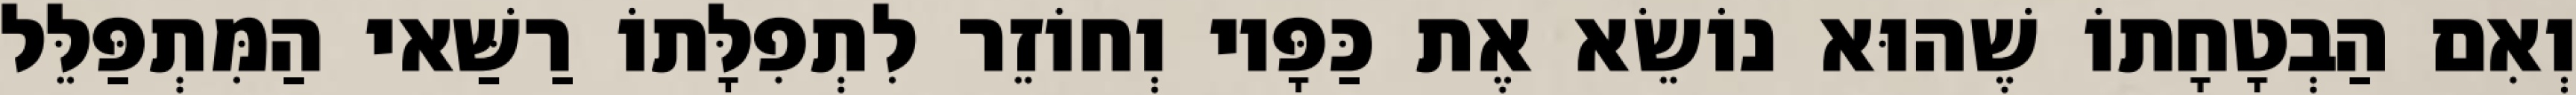
וְאִם הַבְטָחָתוֹ שֶׁהוּא נוֹשֵׂא אֶת כַּפָּיו וְחוֹזֵר לִתְפִלָּתוֹ רַשַּׁאי הַמִּתְפַּלֵּל